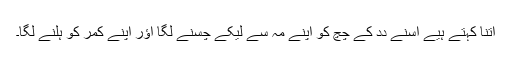
اِتنا کہتے ہُیے اُسنے دِدِ کے چُچِ کو اَپنے مُہ سے لیکے چُسنے لگا اؤر اَپنے کمر کو ہِلنے لگا۔